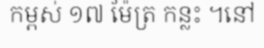
កម្ពស់ ១៧ ម៉ែត្រ កន្លះ ។នៅ